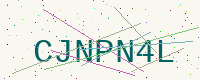
Text: CJNPN4L